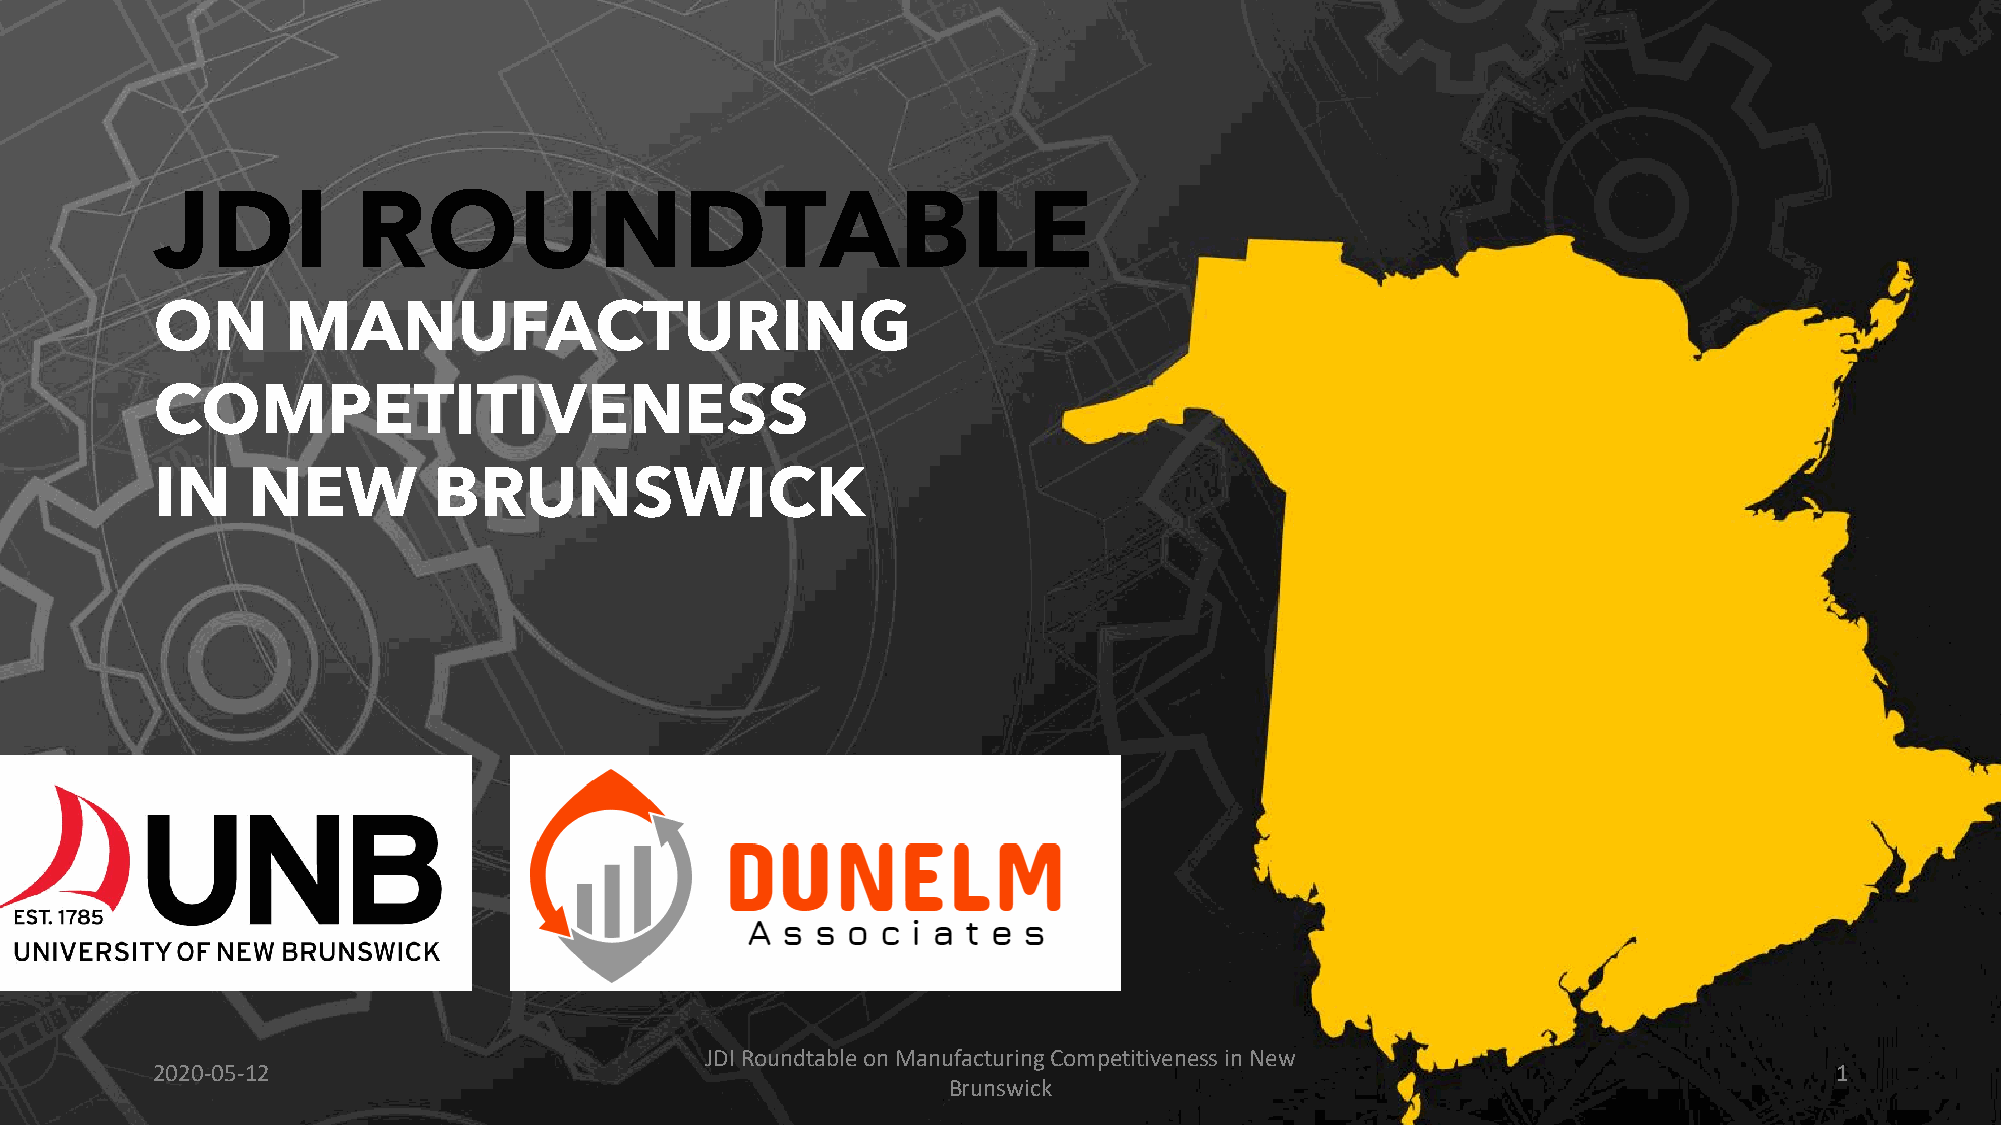
JDI Roundtable on Manufacturing Competitiveness in New
 2020-05-12                                                                                                     1
 Brunswick